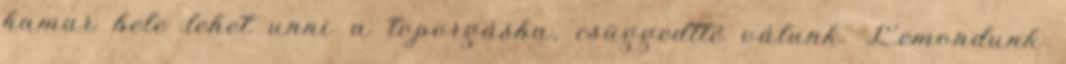
hamar bele lehet unni a toporgásba, csüggedtté válunk. Lemondunk